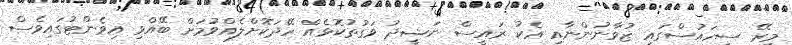
މިރޭ ސީހައުސްގައި ޒުވާނުންނާއި އެކު ރައީސް ނަޝީދު ވަގުތުކޮޅެއް ހޭދަކޮށްލެއްވުމަށް ބޭއްވި އިވެންޓުގައިވެސް